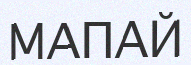
МАПАЙ